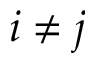
i \neq j